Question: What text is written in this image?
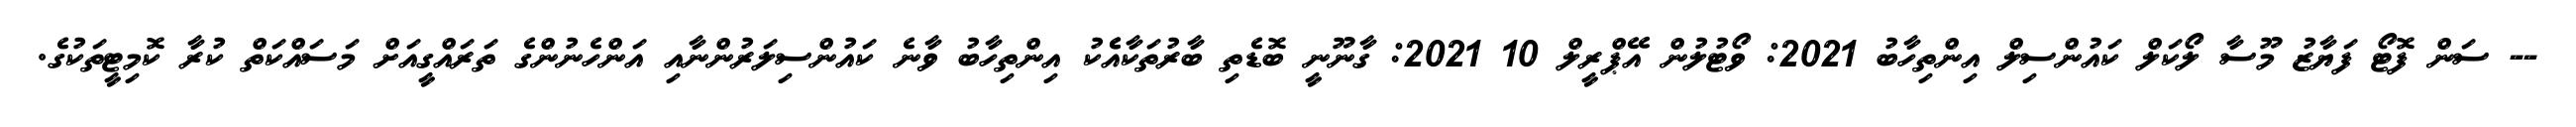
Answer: -- ސަން ފޮޓޯ ފަޔާޒު މޫސާ ލޯކަލް ކައުންސިލް އިންތިހާބު 2021: ވޯޓުލުން އޭޕްރީލް 10 2021: ގާނޫނީ ބޮޑެތި ބާރުތަކާއެެކު އިންތިހާބު ވާނެ ކައުންސިލަރުންނާއި އަންހެނުންގެ ތަރައްގީއަށް މަސައްކަތް ކުރާ ކޮމިޓީތަކުގެ.